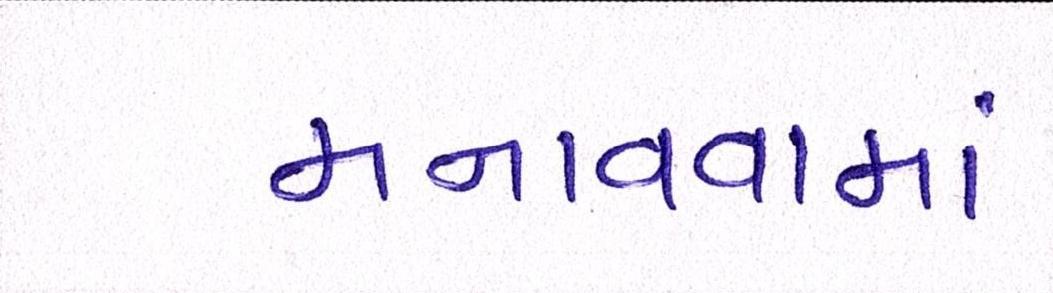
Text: મનાવવામાં